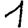
Digit: 1